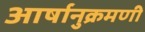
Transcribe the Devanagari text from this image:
आर्षानुक्रमणी